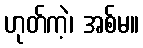
ဟုတ်ကဲ့၊ အစ်မ။